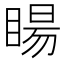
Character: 䁑